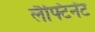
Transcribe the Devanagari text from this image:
लैफ्टिनेंट